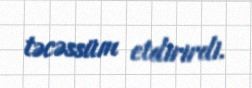
təcəssüm etdirirdi.